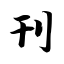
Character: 刊